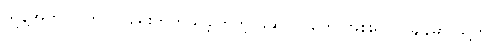
သူနဲ့အတူ လွတ်လပ်ရေးတိုက်ယူခဲ့ကြတဲ့ ဖဆပလတွေ အစိုးရလုပ်ချိန်မှာ သူ့ကို